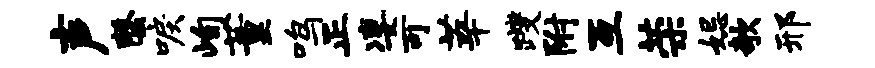
声罄唳峋董鸣正凄可莘躞附互荣妃欹邢